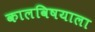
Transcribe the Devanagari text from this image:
कालविषयाला